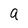
Character: a